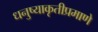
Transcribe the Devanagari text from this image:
धनुष्याकृतीप्रमाणे